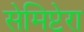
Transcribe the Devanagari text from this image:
सेमिप्टेरा